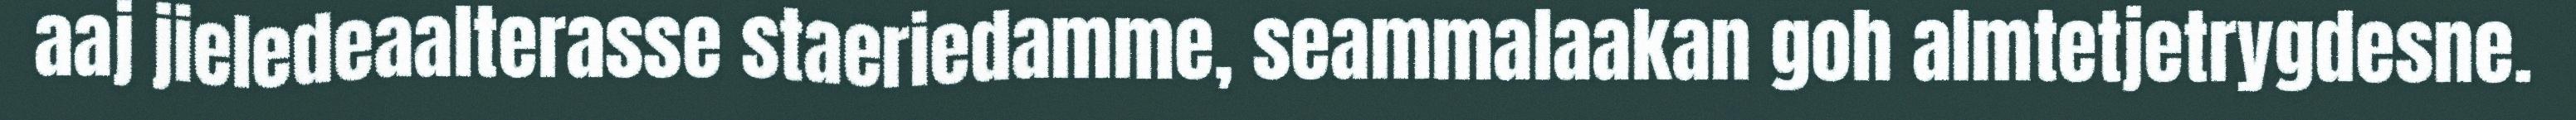
aaj jieledeaalterasse staeriedamme, seammalaakan goh almtetjetrygdesne.